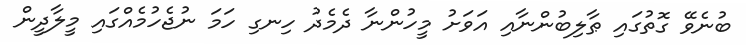
ބުނެވޭ ގޮތުގައި ޠާލިބުންނާއި އަވަށު މީހުންނާ ދެމެދު ހިނގި ހަމަ ނުޖެހުމެއްގައި މީލާދީން